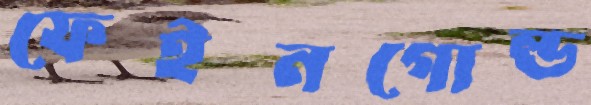
ফেইনগোল্ড